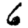
Digit: 6